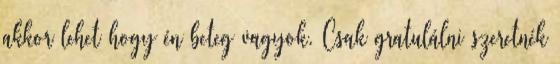
akkor lehet hogy én beteg vagyok. Csak gratulálni szeretnék